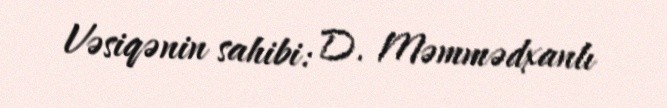
Vəsiqənin sahibi: D. Məmmədxanlı